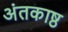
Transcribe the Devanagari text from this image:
अंतकाष्ठ